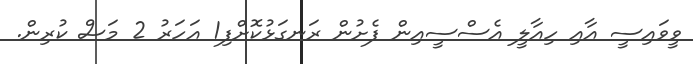
ވީވައިސީ އާއި ހިއާލީ އެސްސީއިން ފެށުން ރަނގަޅުކޮށްފި1 އަހަރު 2 މަސް ކުރިން.